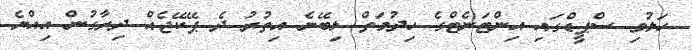
ހަލުވި ސްޕީޑްގައި އިންޓަނެޓްގެ ހިދުމަތް ލިބޭނެ އިތުރު ދެ ޕޭކޭޖެއް ދިރާގުން އިއްޔެ